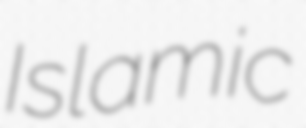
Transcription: Islamic